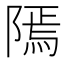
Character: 𨻳